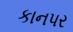
કાનપર